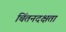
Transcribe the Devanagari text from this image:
चिंतनदक्षता